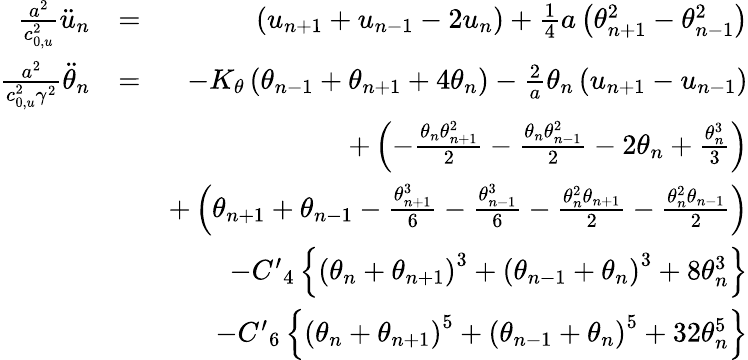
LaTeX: \begin{array}{rlr}{\frac{{{a}^{2}}}{c_{0,u}^{2}}{{\ddot{u}}_{n}}}&{=}&{\left({{u}_{n+1}}+{{u}_{n-1}}-2{{u}_{n}}\right)+\frac{1}{4}a\left(\theta_{n+1}^{2}-\theta_{n-1}^{2}\right)}\\ {\frac{{{a}^{2}}}{c_{0,u}^{2}{{\gamma}^{2}}}{{{\ddot{\theta}}}_{n}}}&{=}&{-{{K}_{\theta}}\left({{\theta}_{n-1}}+{{\theta}_{n+1}}+4{{\theta}_{n}}\right)-\frac{2}{a}{{\theta}_{n}}\left({{u}_{n+1}}-{{u}_{n-1}}\right)}\\ &{}&{+\left(-\frac{{{\theta}_{n}}\theta_{n+1}^{2}}{2}-\frac{{{\theta}_{n}}\theta_{n-1}^{2}}{2}-2{{\theta}_{n}}+\frac{\theta_{n}^{3}}{3}\right)}\\ &{}&{+\left({{\theta}_{n+1}}+{{\theta}_{n-1}}-\frac{\theta_{n+1}^{3}}{6}-\frac{\theta_{n-1}^{3}}{6}-\frac{\theta_{n}^{2}{{\theta}_{n+1}}}{2}-\frac{\theta_{n}^{2}{{\theta}_{n-1}}}{2}\right)}\\ &{}&{-{{C^{\prime}}_{4}}\left\{ {{\left({{\theta}_{n}}+{{\theta}_{n+1}}\right)}^{3}}+{{\left({{\theta}_{n-1}}+{{\theta}_{n}}\right)}^{3}}+8\theta_{n}^{3}\right\} }\\ &{}&{-{{C^{\prime}}_{6}}\left\{ {{\left({{\theta}_{n}}+{{\theta}_{n+1}}\right)}^{5}}+{{\left({{\theta}_{n-1}}+{{\theta}_{n}}\right)}^{5}}+32\theta_{n}^{5}\right\} }\end{array}